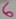
Text: 6